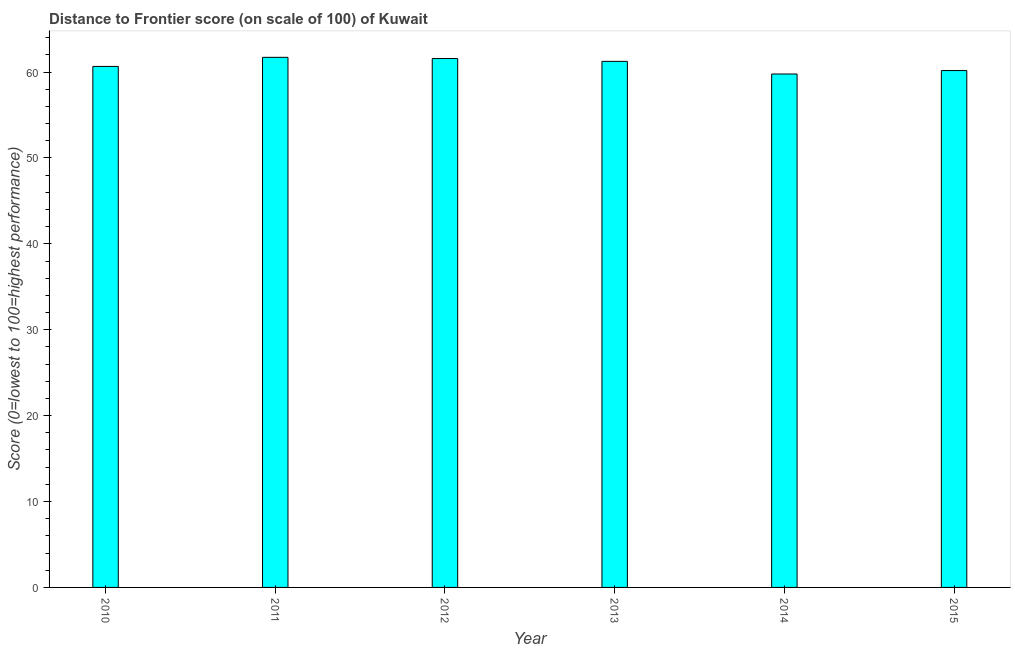
| Year | Distance to frontier score |
 | --- | --- |
 | 2010 | 60.6 |
 | 2011 | 61.7 |
 | 2012 | 61.6 |
 | 2013 | 61.2 |
 | 2014 | 59.8 |
 | 2015 | 60.2 |